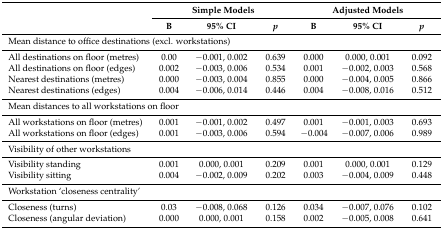
<table><thead><tr><td rowspan="2"></td><td colspan="3"><b>Simple Models</b></td><td colspan="3"><b>Adjusted Models</b></td></tr><tr><td><b>B</b></td><td><b>95% CI</b></td><td><b><i>p</i></b></td><td><b>B</b></td><td><b>95% CI</b></td><td><b><i>p</i></b></td></tr></thead><tbody><tr><td colspan="3">Mean distance to office destinations (excl. workstations)</td><td></td><td></td><td></td><td></td></tr><tr><td>All destinations on floor (metres)</td><td>0.00</td><td>−0.001, 0.002</td><td>0.639</td><td>0.000</td><td>0.000, 0.001</td><td>0.092</td></tr><tr><td>All destinations on floor (edges)</td><td>0.002</td><td>−0.003, 0.006</td><td>0.534</td><td>0.001</td><td>−0.002, 0.003</td><td>0.568</td></tr><tr><td>Nearest destinations (metres)</td><td>0.000</td><td>−0.003, 0.004</td><td>0.855</td><td>0.000</td><td>−0.004, 0.005</td><td>0.866</td></tr><tr><td>Nearest destinations (edges)</td><td>0.004</td><td>−0.006, 0.014</td><td>0.446</td><td>0.004</td><td>−0.008, 0.016</td><td>0.512</td></tr><tr><td colspan="3">Mean distances to all workstations on floor</td><td></td><td></td><td></td><td></td></tr><tr><td>All workstations on floor (metres)</td><td>0.001</td><td>−0.001, 0.002</td><td>0.497</td><td>0.001</td><td>−0.001, 0.003</td><td>0.693</td></tr><tr><td>All workstations on floor (edges)</td><td>0.001</td><td>−0.003, 0.006</td><td>0.594</td><td>−0.004</td><td>−0.007, 0.006</td><td>0.989</td></tr><tr><td colspan="3">Visibility of other workstations</td><td></td><td></td><td></td><td></td></tr><tr><td>Visibility standing</td><td>0.001</td><td>0.000, 0.001</td><td>0.209</td><td>0.001</td><td>0.000, 0.001</td><td>0.129</td></tr><tr><td>Visibility sitting</td><td>0.004</td><td>−0.002, 0.009</td><td>0.202</td><td>0.003</td><td>−0.004, 0.009</td><td>0.448</td></tr><tr><td colspan="3">Workstation ‘closeness centrality’</td><td></td><td></td><td></td><td></td></tr><tr><td>Closeness (turns)</td><td>0.03</td><td>−0.008, 0.068</td><td>0.126</td><td>0.034</td><td>−0.007, 0.076</td><td>0.102</td></tr><tr><td>Closeness (angular deviation)</td><td>0.000</td><td>0.000, 0.001</td><td>0.158</td><td>0.002</td><td>−0.005, 0.008</td><td>0.641</td></tr></tbody></table>